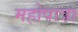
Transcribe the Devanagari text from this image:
महोपात्रा